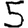
Digit: 5